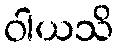
ဝါယသိ